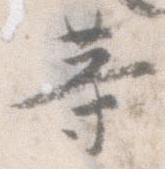
等